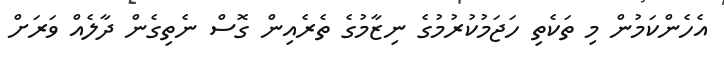
އެހެންކަމުން މި ތަކެތި ހަޖަމުކުރުމުގެ ނިޒާމުގެ ތެރެއިން ގޮސް ނެތިގެން ދާލެއް ވަރަށް